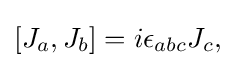
[J_{a},J_{b}]=i\epsilon _{abc}J_{c},\,\!